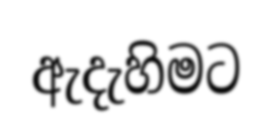
ඇදැහිමට